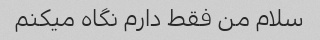
سلام من فقط دارم نگاه میکنم